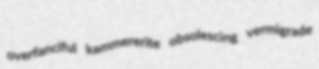
overfanciful kammererite obsolescing vermigrade